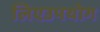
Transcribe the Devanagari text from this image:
लिएउपयोग